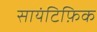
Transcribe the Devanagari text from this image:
सायंटिफ़िक